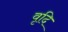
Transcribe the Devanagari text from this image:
वृदि